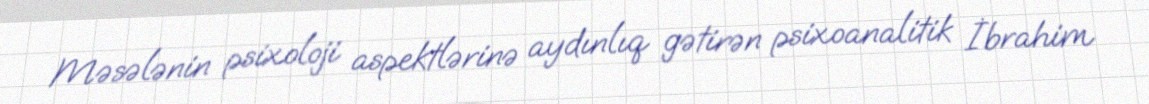
Məsələnin psixoloji aspektlərinə aydınlıq gətirən psixoanalitik İbrahim